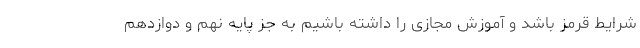
شرایط قرمز باشد و آموزش مجازی را داشته باشیم به جز پایه نهم و دوازدهم